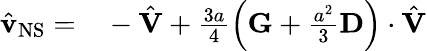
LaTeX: \begin{array}{rl}{\hat{\mathbf{v}}_{\mathrm{NS}}=}&{{}-\hat{\mathbf{V}}+\frac{3a}{4}\left(\mathbf{G}+\frac{a^{2}}{3}\mathbf{D}\right)\cdot\hat{\mathbf{V}}}\end{array}